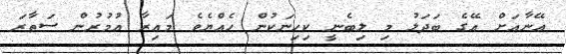
އޭނާއަށް އޭގެ ބަދަލު މި ލިބެނީ ކިހިނަކުން ހެއްޔެވެ މައިރާ އުމުރުން ސަތާރަ